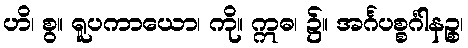
ဟိ၊ စွ။ ရူပကာယော၊ ကို။ ဣဓ၊ ၌။ အင်္ဂပစ္စင်္ဂါနဉ္စ၊